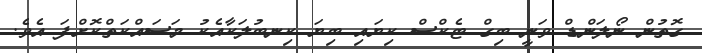
ގޮތުން ނޯލަންޑް ވަނީ ބިގް ޓެކްސް ކިޔައި ބިޔަ ކިނބުލަކާއެކު މަސައްކަތްކޮށްފަ އެވެ.